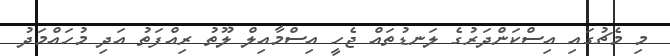
މި މެޗުގައި އިސްކަންދަރުގެ ލަނޑުތައް ޖެހީ އިސްމާއިލް ލޫތު ރިއްފަތު އަދި މުހައްމަދު